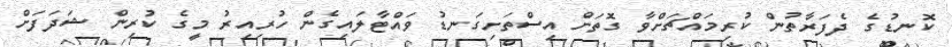
ކޮނޑުގެ ދެފަރާތުން ކުރިމައްޗަށްވާ ގޮތަށް އިސްތަށިގަނޑު ވައްޓާލައިގެން ހުރިއިރު މީގެ ކުރިން ޝަދަފަށް